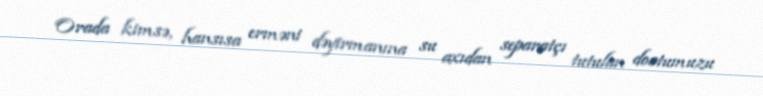
Orada kimsə, hansısa erməni dəyirmanına su axıdan separatçı tutulan dostumuzu